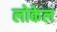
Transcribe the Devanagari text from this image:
लोकेल